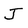
Character: J